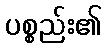
ပစ္စည်း၏